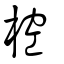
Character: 椌